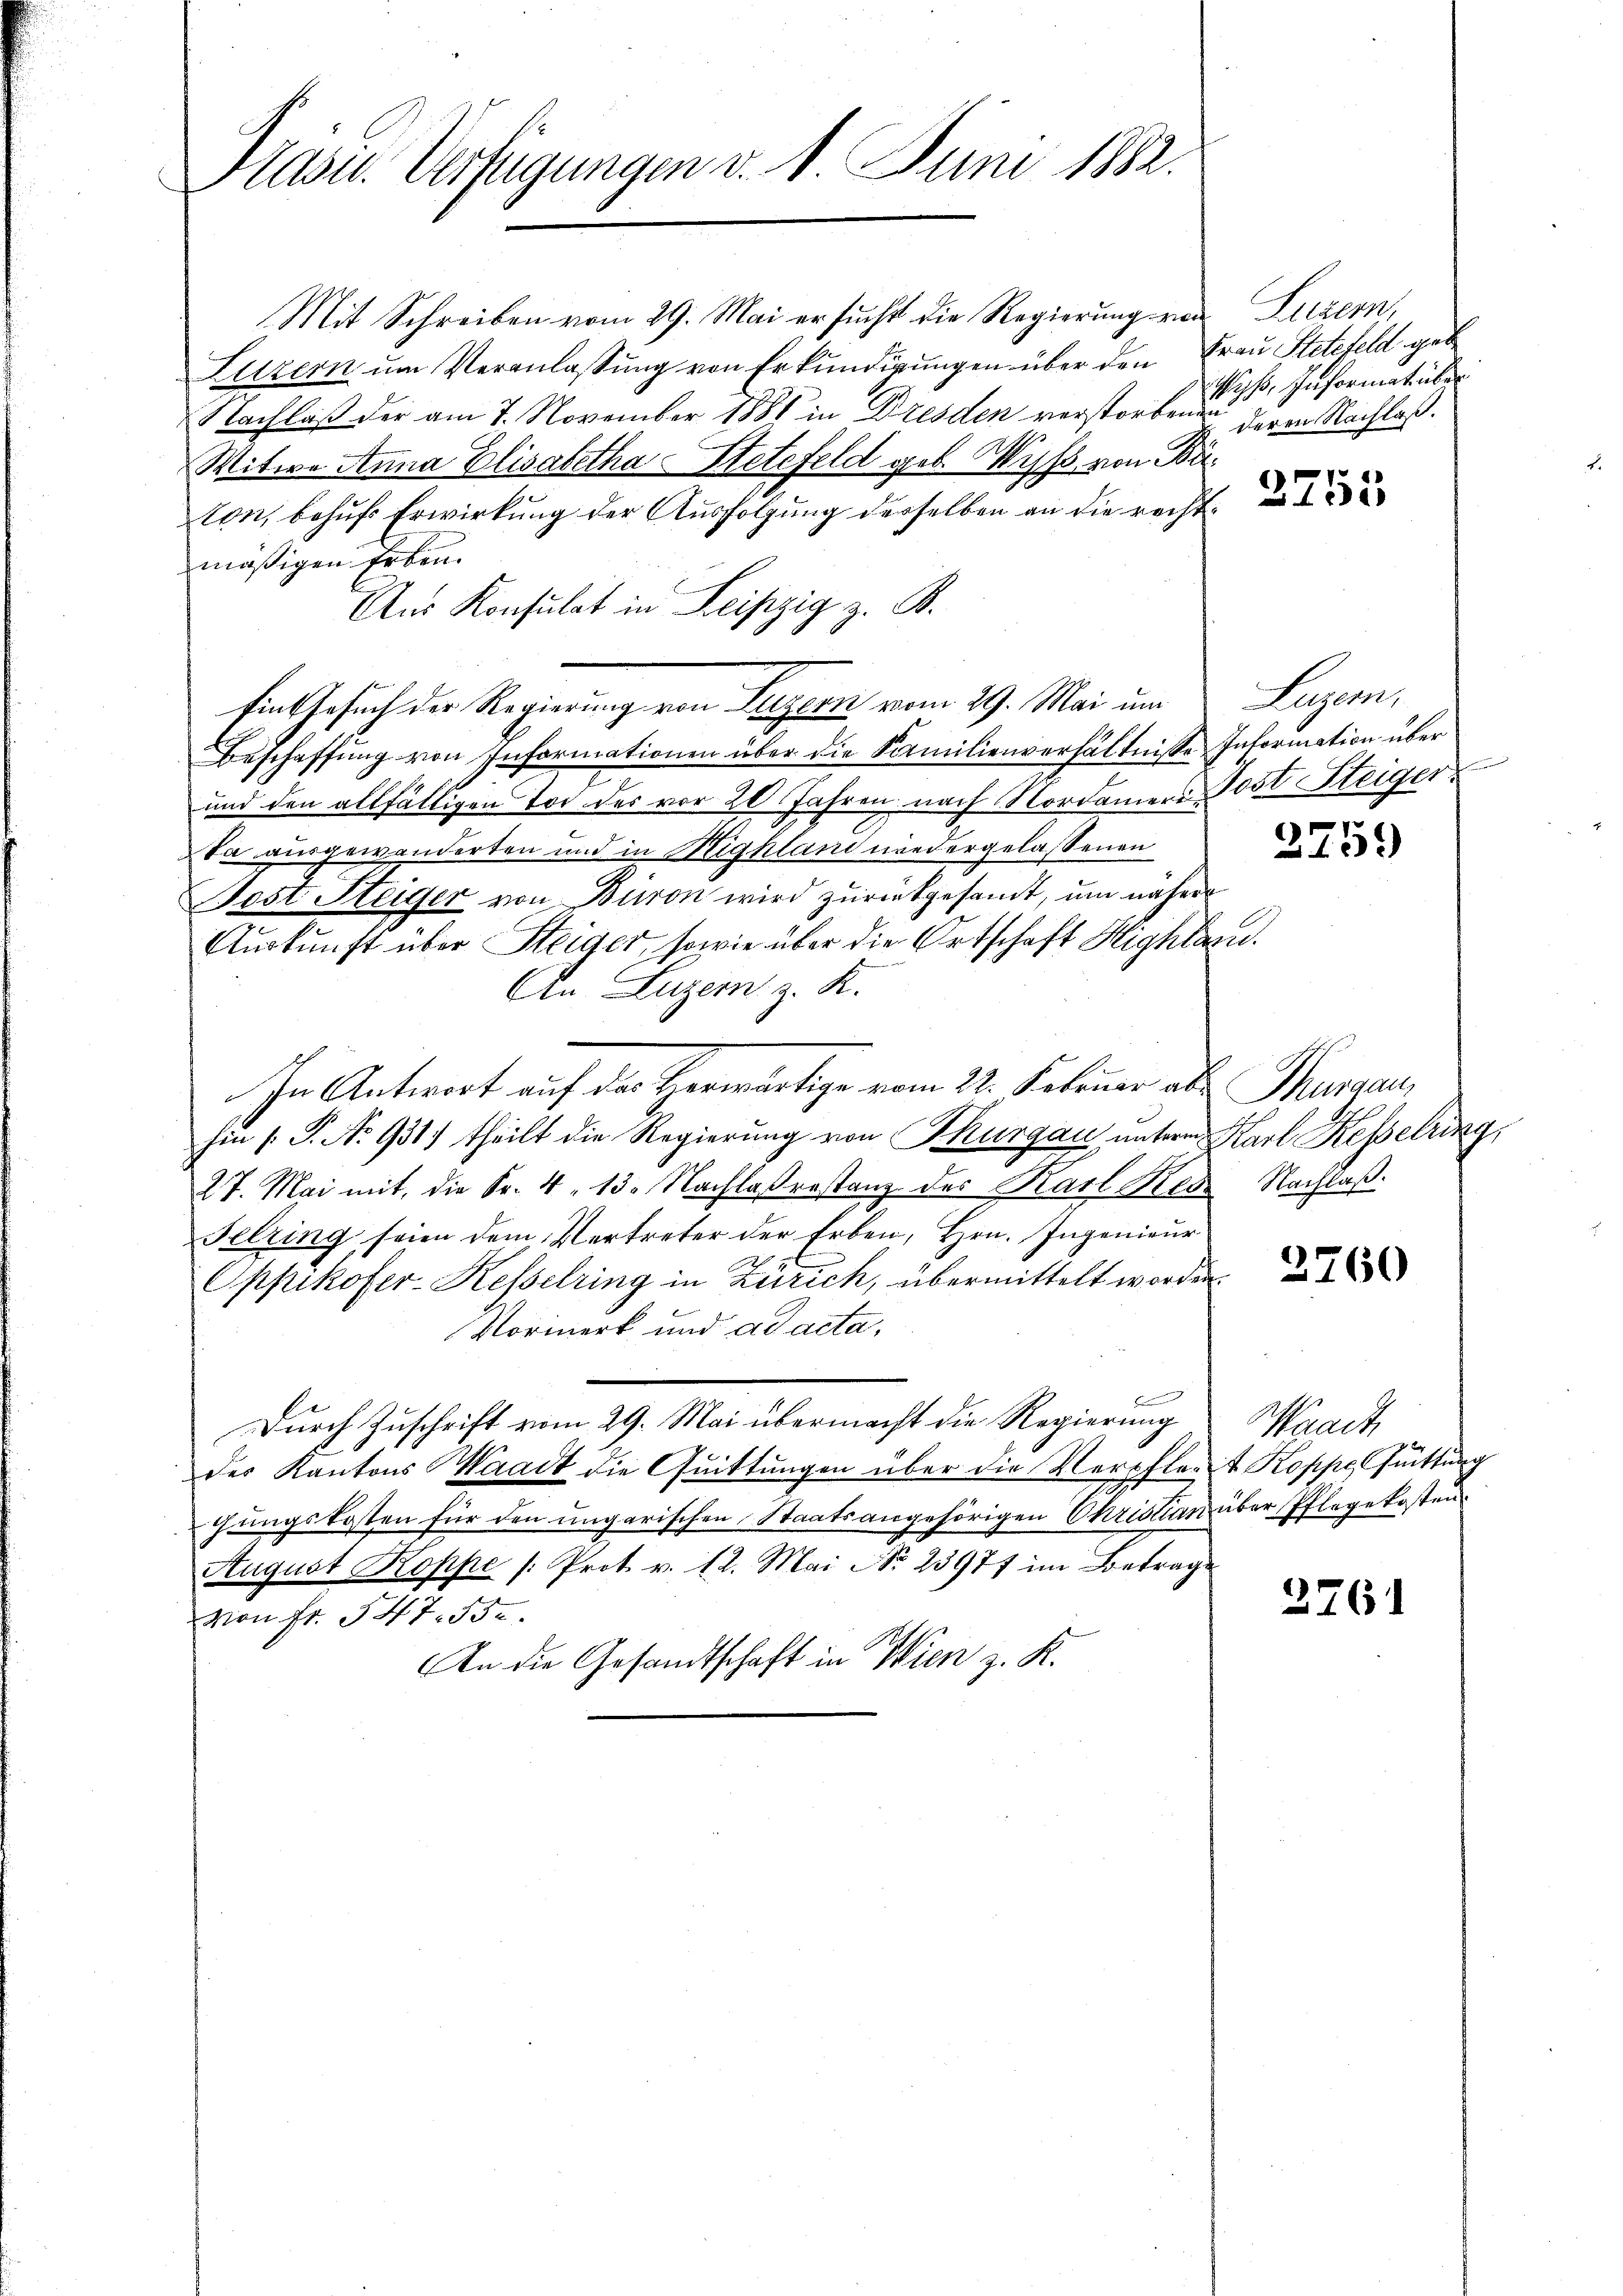
Präsid. Verfügungen v. 1. Juni 1882.

Mit Schreiben vom 29. Mai ersucht die Regierung von Luzern,
Luzern um Veranlassung von Erkundigungen über den Frau Stettfeld gebe
Nachlaß der am 7. November 1881 in Dresden verstorbenen deren Nachlaß.
Witwe Anna Elisabetha Stettfeld geb. Wyss von Bäton, behufs Erwirkung der Ausfolgung derselben an die recht
mäßigen Erben.
Aus Konsulat in Leipzig z. B.
fint besuch der Regierung von Luzern vom 29. Mai um Luzern,
Beschaffung von Informationen über die Familienverhältnisse Information über
und den allfälligen Tod des vor 20 Jahren nach Nordamere Post Steiger
da ausgewanderten und in Highland niedergelassenen
Jost Steiger von Büron wird zurückgesamt, um nähere
Auskunft über Steiger, sowie über die Ortschaft Highlar.
An Luzern z. K.
In Antwort auf der Herwärtige vom 22. Februar als Thurgau,
hin 1. P. No 931. theilt die Regierung von Thurgau unterm Karl Kesselring,
27. Mai mit, die Fr. 4. 13. Nachlaßrastanz der Karl Res. Nachlaß.
Felring seien dem Vertreter der Erben, Hrn. Ingenieur
Oppikofer-Kesselring in Zürich, übermittelt worden.
Vormerk und ad acta,
Durch Zuschrift vom 29. Mai übermacht die Regierung Waadt
des Kantons Waadt die Quittungen über die Verpflert Koppe, Quittung
gungskosten für den ungarischen Staatsangehörigen Christian über Pflegekosten
August Koppe /: Prot. v. 12. Mai No 23977 im Betrage
von Fr. 547. 532.
An die Gesandtschaft in Wien z. K.

ips, Informat über

2759)

2760

2761